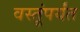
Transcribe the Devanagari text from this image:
वस्तूंपर्यंत